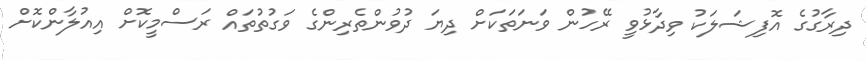
ދިރާގުގެ އޮފިޝަލަކު ވިދާޅުވީ ރޭހުން ވަނަތަކަށް ދިޔަ ދުވުންތެރިންގެ ވަގުތުތައް ރަސްމީކޮށް އިއުލާންކޮށް